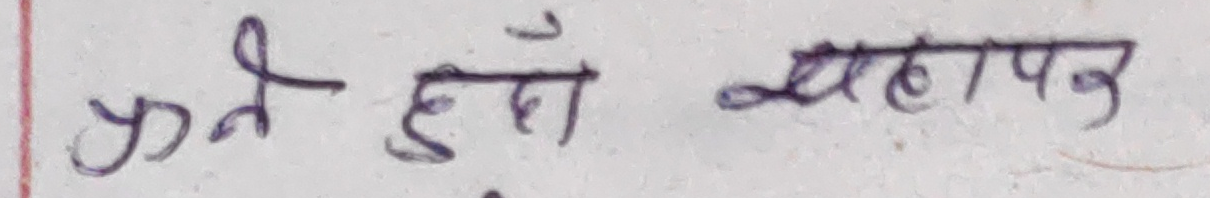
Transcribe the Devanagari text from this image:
प्रन हुँ सहापन